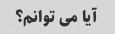
آیا می توانم؟